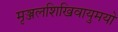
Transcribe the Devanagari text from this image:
मृञ्जलशिखिवायुमयो